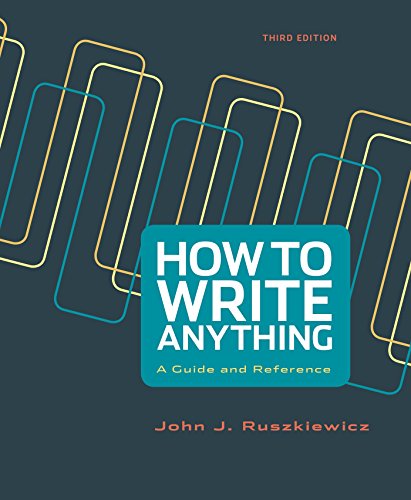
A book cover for How to Write Anything: A Guide and Reference; John J. Ruszkiewicz; Reference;